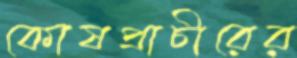
কোষপ্রাচীরের